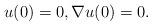
LaTeX: \begin{align*}u(0)=0, \nabla u(0)=0.\end{align*}